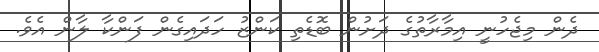
ދެން މިޖެހުނީ އިމާރާތުގެ ދަށުން ބޮޑެތި ކަންޒު ހަދައިގެން ފަންކާ ލާން އެވެ.